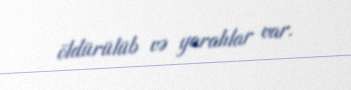
öldürülüb və yaralılar var.